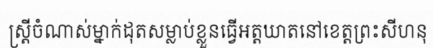
ស្ត្រីចំណាស់ម្នាក់ដុតសម្លាប់ខ្លួនធ្វើអត្តឃាតនៅខេត្តព្រះសីហនុ